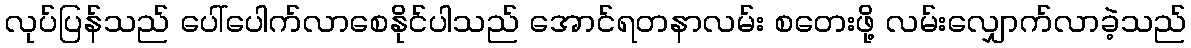
လုပ်ပြန်သည် ပေါ်ပေါက်လာစေနိုင်ပါသည် အောင်ရတနာလမ်း စတေးဖို့ လမ်းလျှောက်လာခဲ့သည်